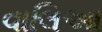
વાલિઆ